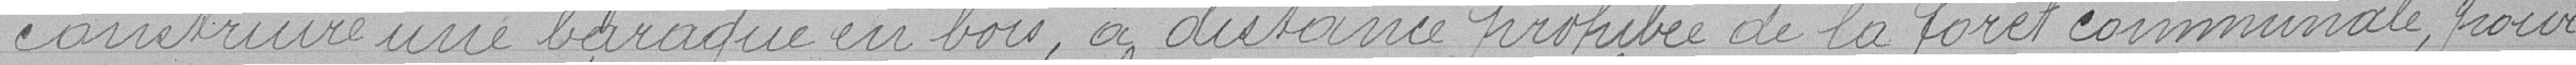
construire une baraque en bois, à distance prohibée de la forêt communale, pour